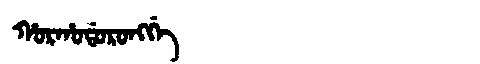
Manchu: ᡥᠣᡵᡥᠣᡩᠣᡵᠣᠩᡤᡝ
Romanization: HORHODORONGGE